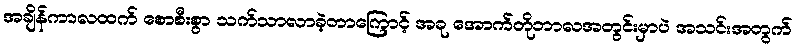
အချိန်ကာလထက် စောစီးစွာ သက်သာလာခဲ့တာကြောင့် အခု အောက်တိုဘာလအတွင်းမှာပဲ အသင်းအတွက်